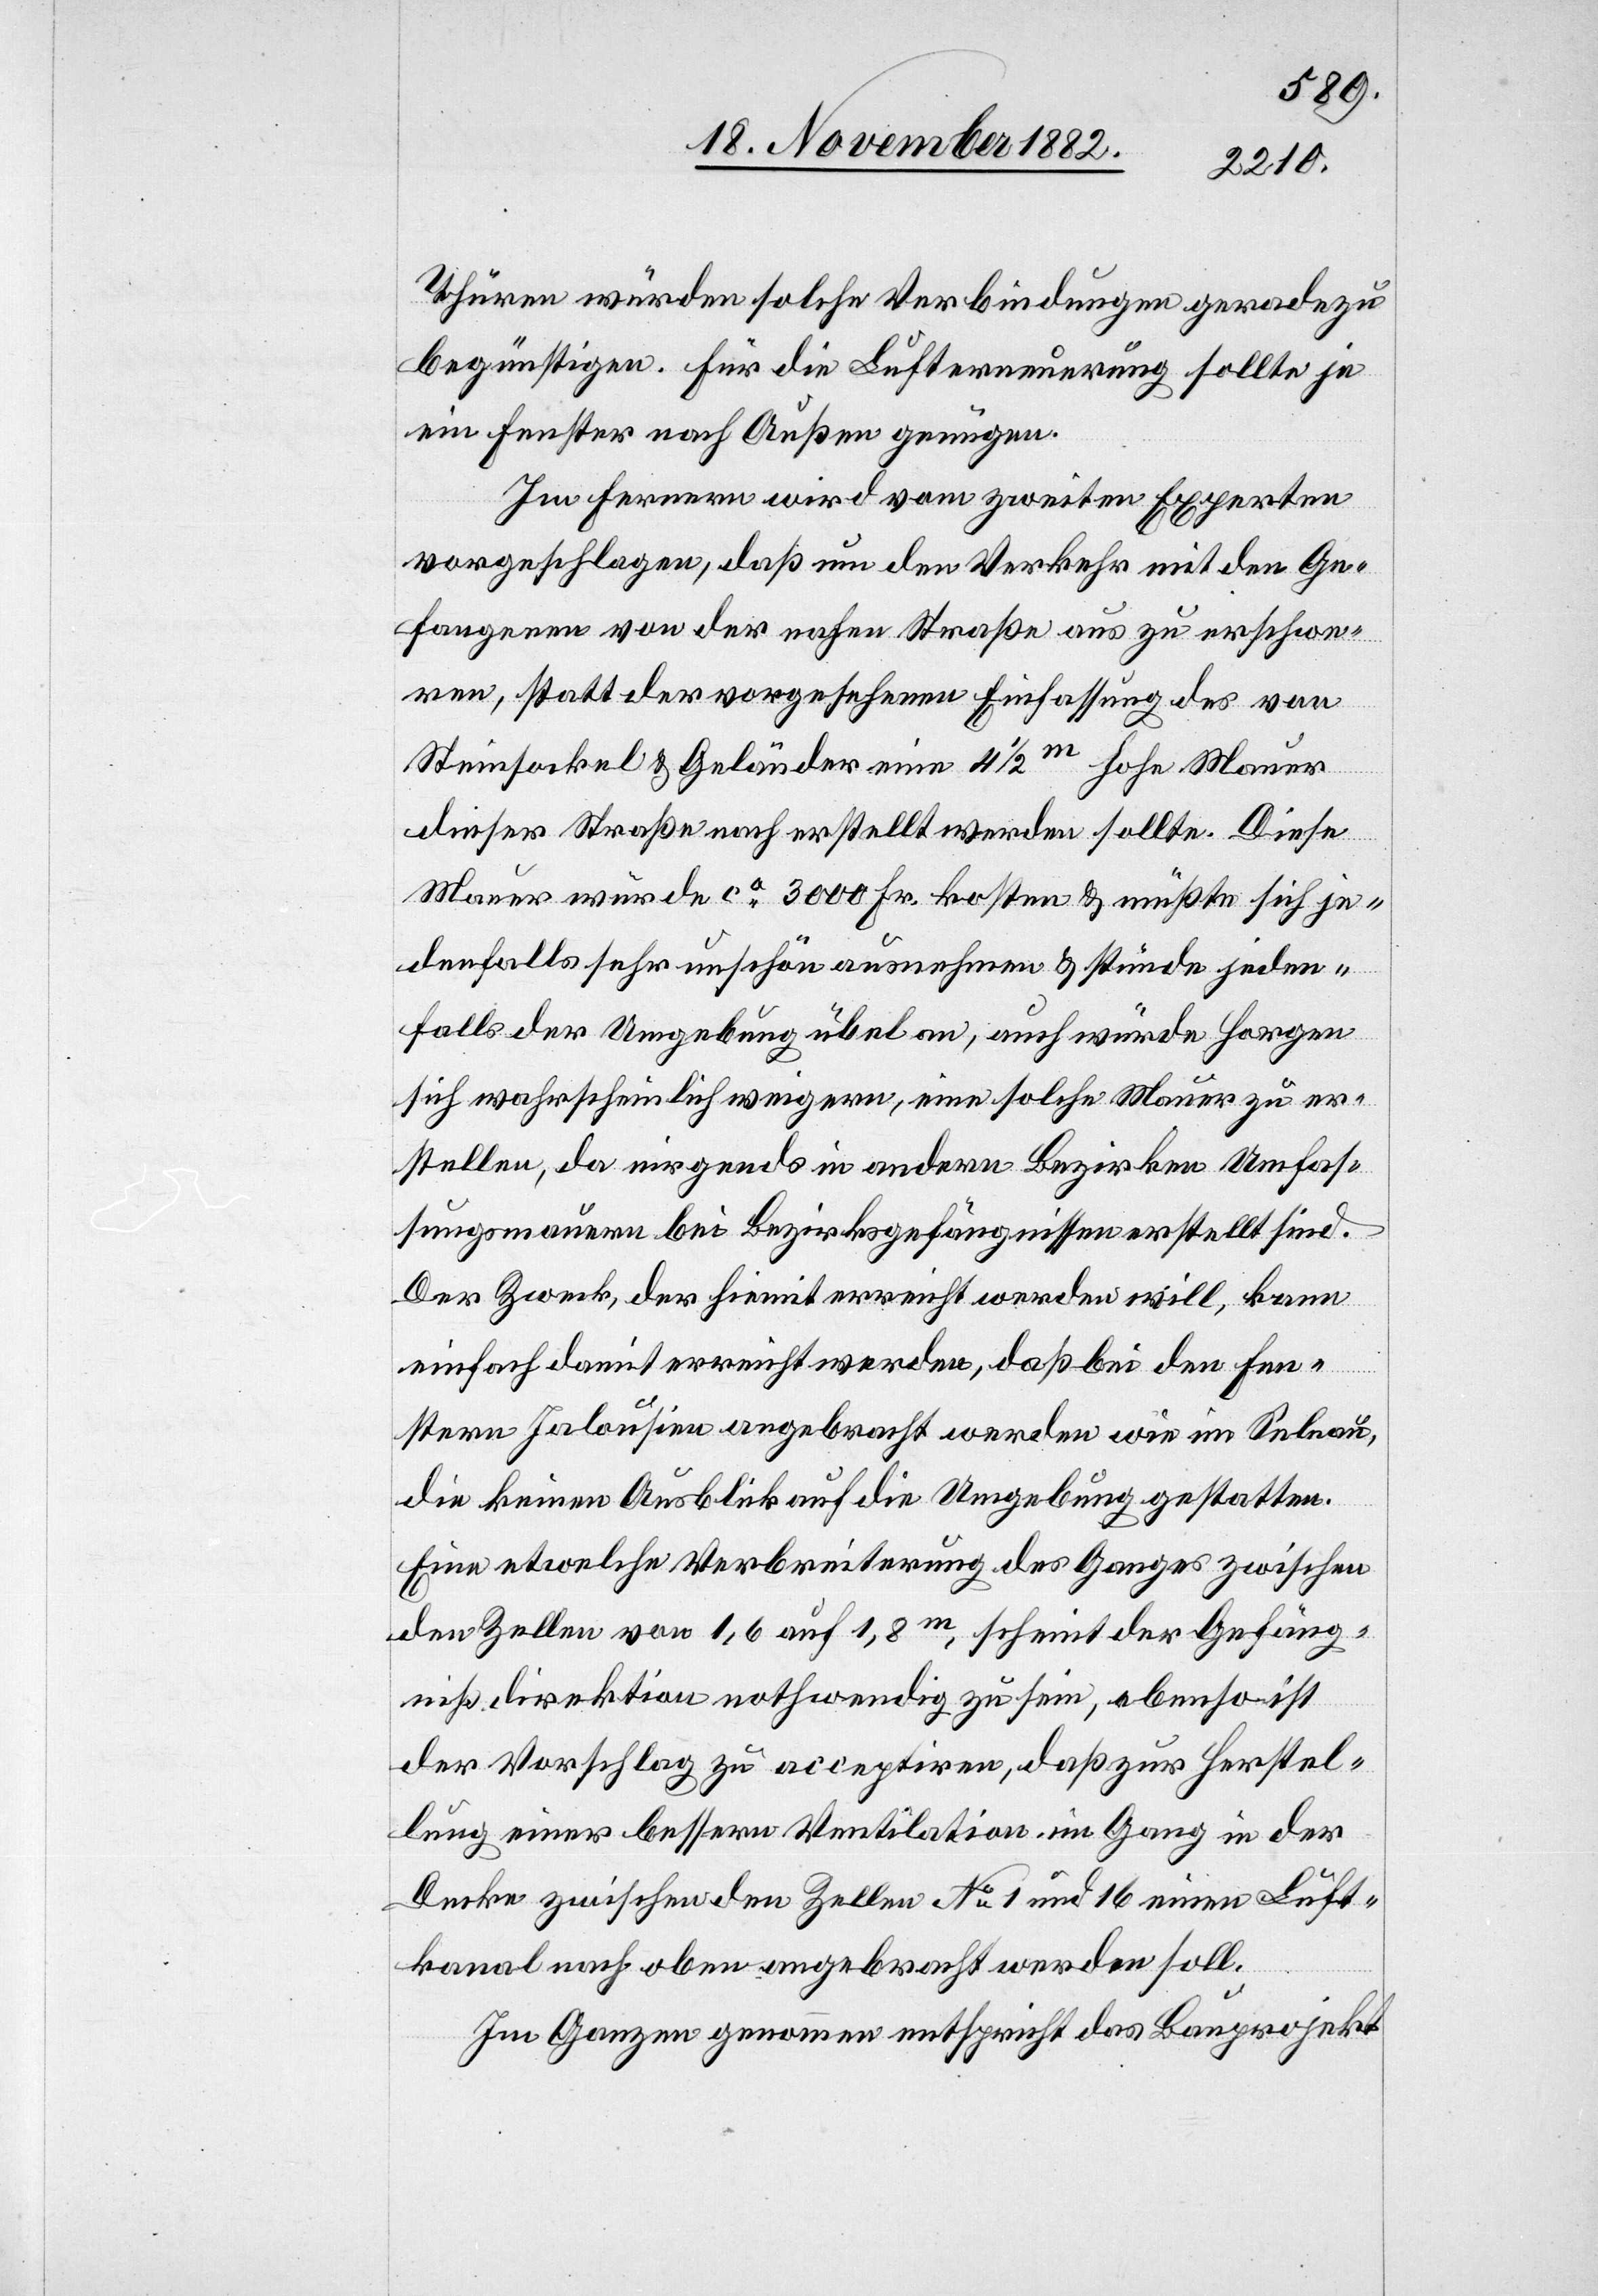
Thüren würden solche Verbindungen geradezu
begünstigen. Für die Lufterneuerung sollte je
ein Fenster nach Außen genügen.
Im Fernern wird vom zweiten Experten
vorgeschlagen, daß um den Verkehr mit den Ge¬
fangenen von der nahen Straße aus zu erschwe¬
ren, statt der vorgesehenen Einlassung des von
Steinsockel & Geländer eine 4 1/2m hohe Mauer
dieser Straße nach erstellt werden sollte. Diese
Mauer würde ca 3000 Fr. kosten & müßte sich je¬
denfalls sehr unschön ausnehmen & stünde jeden¬
falls der Umgebung übel an, auch würde Horgen
sich wahrscheinlich weigern, eine solche Mauer zu er¬
stellen, da nirgends in andern Bezirken Umfas¬
sungsmauern bei Bezirksgefängnissen erstellt sind.
Der Zweck, der hiemit erreicht werden will, kann
einfach damit erreicht werden, daß bei den Fen¬
stern Jalousien angebracht werden wie im Selnau,
die keinen Ausblick auf die Umgebung gestatten.
Eine etwelche Verbreiterung des Ganges zwischen
den Zellen von 1,8 auf 1,8m, scheint der Gefäng¬
nißdirektion nothwendig zu sein, ebenso ist
der Vorschlag zu acceptiren, daß zur Herstel¬
lung einer bessern Ventilation im Gang in der
Decke zwischen den Zellen No 1 und 16 einen [rect¬
kanal nach oben angebracht werden soll.
Im Ganzen genommen entspricht das Bauprojekt

Luft¬